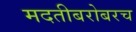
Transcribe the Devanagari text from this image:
मदतीबरोबरच